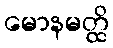
မောနမတ္ထိ